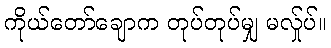
ကိုယ်တော်ချောက တုပ်တုပ်မျှ မလ်ှုပ်။